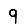
Digit: 9